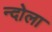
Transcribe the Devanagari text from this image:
न्दोला